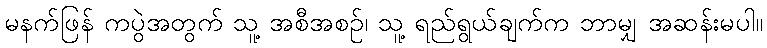
မနက်ဖြန် ကပွဲအတွက် သူ့ အစီအစဉ်၊ သူ့ ရည်ရွယ်ချက်က ဘာမျှ အဆန်းမပါ။